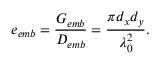
e _ { e m b } = \frac { G _ { e m b } } { D _ { e m b } } = \frac { \pi d _ { x } d _ { y } } { \lambda _ { 0 } ^ { 2 } } .